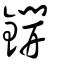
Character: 鐦